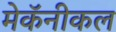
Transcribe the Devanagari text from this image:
मेकॅनीकल